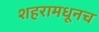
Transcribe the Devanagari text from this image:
शहरामधूनच